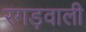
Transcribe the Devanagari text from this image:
रगड़वाली